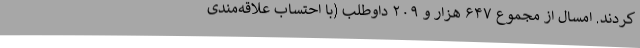
کردند. امسال از مجموع ۶۴۷ هزار و ۲۰۹ داوطلب (با احتساب علاقه‌مندی